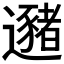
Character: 𰻛